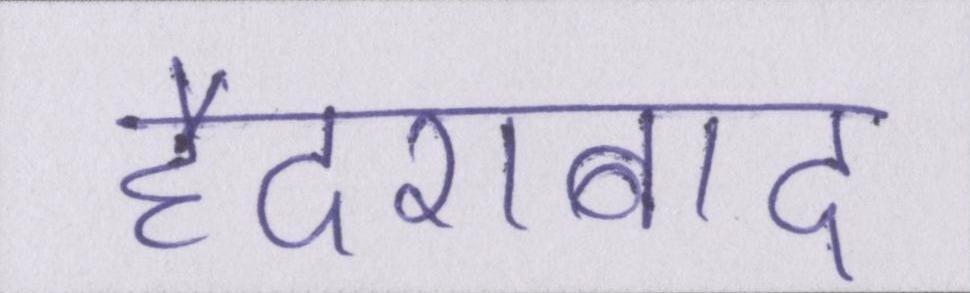
हैदराबाद